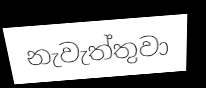
නැවැත්තුවා